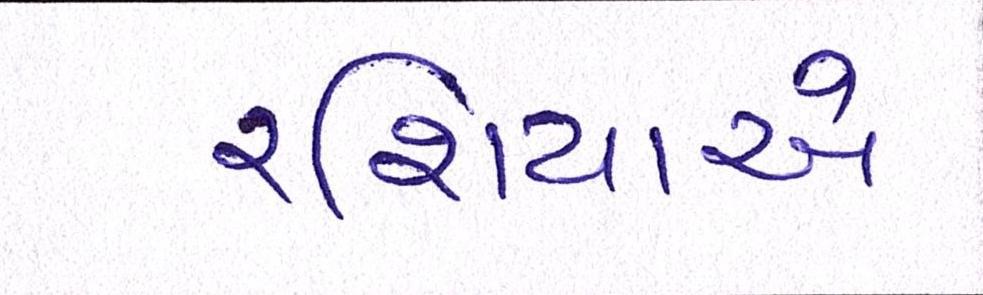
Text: રશિયાએ